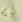
لوكا